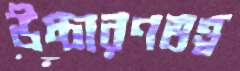
উচ্চারণতত্ত্ব